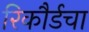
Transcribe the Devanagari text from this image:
रिकौर्डचा